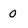
Character: 0